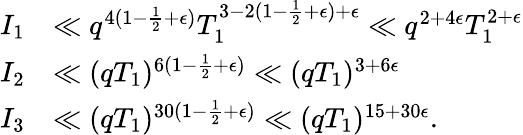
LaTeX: \begin{array}{rl}{I_{1}}&{\ll q^{4(1-\frac{1}{2}+\epsilon)}T_{1}^{3-2(1-\frac{1}{2}+\epsilon)+\epsilon}\ll q^{2+4\epsilon}T_{1}^{2+\epsilon}}\\ {I_{2}}&{\ll(qT_{1})^{6(1-\frac{1}{2}+\epsilon)}\ll(qT_{1})^{3+6\epsilon}}\\ {I_{3}}&{\ll(qT_{1})^{30(1-\frac{1}{2}+\epsilon)}\ll(qT_{1})^{15+30\epsilon}.}\end{array}